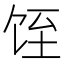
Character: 𱃸